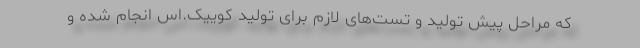
که مراحل پیش تولید و تست‌های لازم برای تولید کوییک.اس انجام شده و